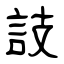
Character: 䚳